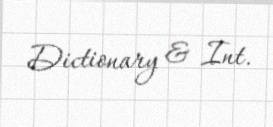
Dictionary & Int.